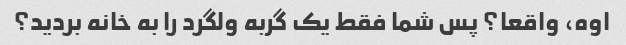
اوه، واقعا؟ پس شما فقط یک گربه ولگرد را به خانه بردید؟